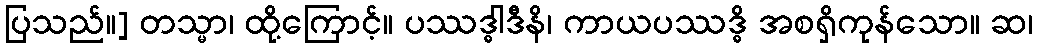
ပြသည်။] တသ္မာ၊ ထို့ကြောင့်။ ပဿဒ္ဓါဒီနိ၊ ကာယပဿဒ္ဓိ အစရှိကုန်သော။ ဆ၊